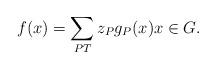
LaTeX: \begin{align*}f(x)=\sum_{PT}{z_Pg_P(x)} x \in G.\end{align*}